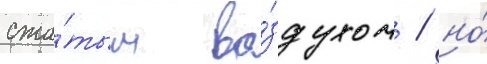
сжа́тым во́здухом / но́